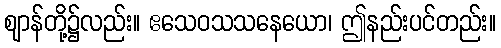
ဈာန်တို့၌လည်း။ ဧသေဝသသနေယော၊ ဤနည်းပင်တည်း။